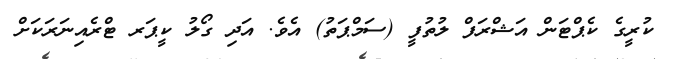
ކުރީގެ ކެޕްޓަން އަޝްރަފް ލުތުފީ (ސަމްޕަތު) އެވެ. އަދި ގޯލު ކީޕަރ ޓްރެއިނަރަކަށް